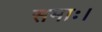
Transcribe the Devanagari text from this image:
समाः।